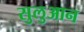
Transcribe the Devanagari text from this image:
सुलुआन